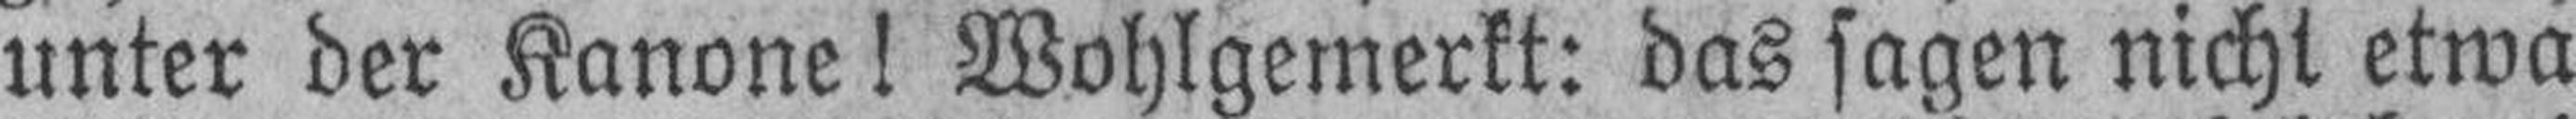
unter der Kanone! Wohlgemerkt: das sagen nicht etwa